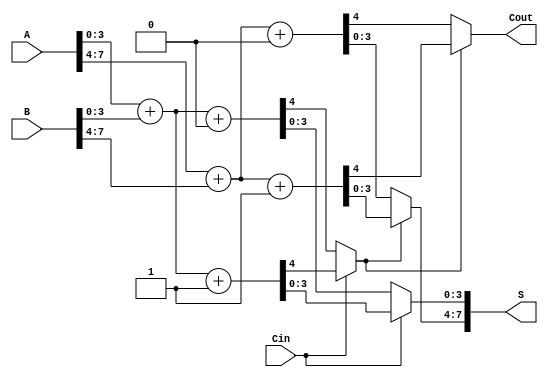
module carry_select_adder #(
    parameter N = 8,  // Width of the inputs
    parameter K = 4   // Width of each block
) (
    input  wire [N-1:0] A,    // First operand
    input  wire [N-1:0] B,    // Second operand
    input  wire Cin,           // Carry-in
    output wire [N-1:0] S,     // Sum output
    output wire Cout           // Carry-out
);

    // Calculate number of blocks
    localparam NUM_BLOCKS = N / K;

    // Internal signals
    wire [N-1:0] S0; // Sum when Cin = 0
    wire [N-1:0] S1; // Sum when Cin = 1
    wire [NUM_BLOCKS-1:0] Cout0; // Carry-out for Cin = 0
    wire [NUM_BLOCKS-1:0] Cout1; // Carry-out for Cin = 1
    wire [NUM_BLOCKS:0] carry_select; // Carry selection

    generate 
        genvar i;
        for (i = 0; i < NUM_BLOCKS; i = i + 1) begin : csa_block
            // Calculate lower and upper block indices
            wire [K-1:0] A_block = A[K*i +: K];
            wire [K-1:0] B_block = B[K*i +: K];

            // 1. Compute sum and carry when Cin = 0
            wire c0, c1; // Carry outputs for the block when Cin = 0 and 1
            assign {c0, S0[K*i +: K]} = A_block + B_block + 1'b0;

            // 2. Compute sum and carry when Cin = 1
            assign {c1, S1[K*i +: K]} = A_block + B_block + 1'b1;

            // 3. Store carry out for both scenarios
            assign Cout0[i] = c0;
            assign Cout1[i] = c1;

            // 4. Select carry for the next block
            if (i > 0) begin
                assign carry_select[i] = carry_select[i-1] ? Cout1[i-1] : Cout0[i-1];
            end else begin
                assign carry_select[i] = Cin; // Initial block uses Cin
            end
        end
    endgenerate

    // Final stage to decide on the output carry-out and final sum
    assign Cout = carry_select[NUM_BLOCKS-1] ? Cout1[NUM_BLOCKS-1] : Cout0[NUM_BLOCKS-1];

    // Final sum selection
    generate
        for (i = 0; i < NUM_BLOCKS; i = i + 1) begin : sum_selection
            assign S[K*i +: K] = carry_select[i] ? S1[K*i +: K] : S0[K*i +: K];
        end
    endgenerate

endmodule